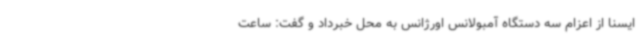
ایسنا از اعزام سه دستگاه آمبولانس اورژانس به محل خبرداد و گفت: ساعت